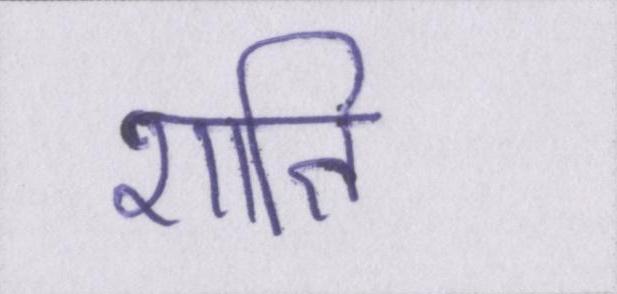
शाति